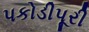
પકોડીપૂરી